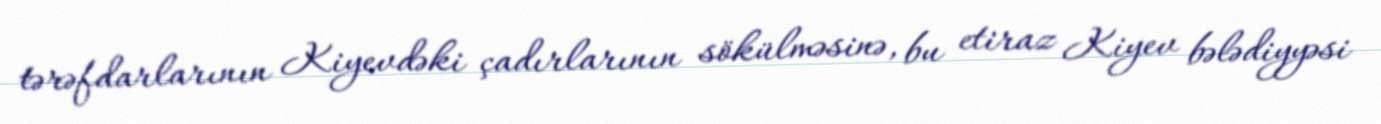
tərəfdarlarının Kiyevdəki çadırlarının sökülməsinə, bu etiraz Kiyev bələdiyyəsi